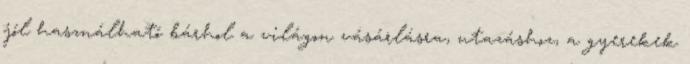
jól használható bárhol a világon vásárlásra, utazáshoz, a gyerekek